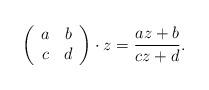
LaTeX: \begin{align*} \left(\begin{array}{cc} a & b \\ c & d\end{array}\right) \cdot z = \frac{az+b}{cz+d}.\end{align*}